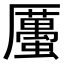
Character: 𧓽